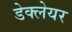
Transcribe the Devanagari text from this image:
डेक्लेयर